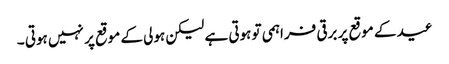
عید کے موقع پر برقی فراہمی تو ہوتی ہے لیکن ہولی کے موقع پر نہیں ہوتی ۔